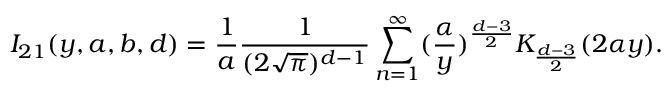
I _ { 2 1 } ( y , a , b , d ) = \frac { 1 } { a } \frac { 1 } { ( 2 \sqrt { \pi } ) ^ { d - 1 } } \sum _ { n = 1 } ^ { \infty } ( \frac { \alpha } { y } ) ^ { \frac { d - 3 } { 2 } } K _ { \frac { d - 3 } { 2 } } ( 2 \alpha y ) .